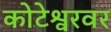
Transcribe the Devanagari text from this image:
कोटेश्वरवर